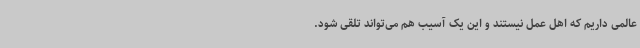
عالمی داریم که اهل عمل نیستند و این یک آسیب هم می‌تواند تلقی شود.